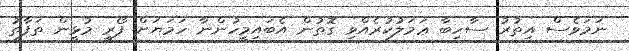
ނަމަވެސް އިތުރު ސާހިބާ ޢަމަލުކުރެއްވި ގޮތުން އެބައިމީހުންނާ ހަމަޔަށް ފޯރީ މުޅީން ތަފާތު